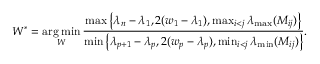
W ^ { * } = \mathop { \arg \operatorname* { m i n } } _ { W } \frac { \operatorname* { m a x } \left\{ \lambda _ { n } - \lambda _ { 1 } , 2 ( w _ { 1 } - \lambda _ { 1 } ) , \operatorname* { m a x } _ { i < j } \lambda _ { \operatorname* { m a x } } ( M _ { i j } ) \right\} } { \operatorname* { m i n } \left\{ \lambda _ { p + 1 } - \lambda _ { p } , 2 ( w _ { p } - \lambda _ { p } ) , \operatorname* { m i n } _ { i < j } \lambda _ { \operatorname* { m i n } } ( M _ { i j } ) \right\} } .